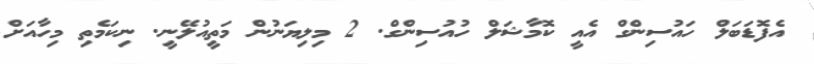
އެފޮޑަބަލް ހައުސިންގް އެއީ ކޮމާޝަލް ހުއުސިންގް. 2 މިލިޔަނުން މަތީއުލޭނީ. ނިކަމެތި މިހާއަށް